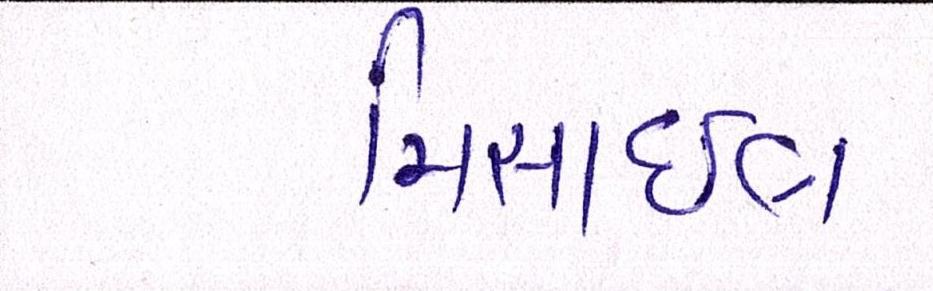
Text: મિસાઇલ